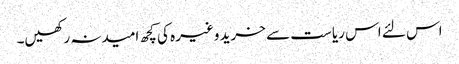
اس لئے اس ریاست سے خرید وغیرہ کی کچھ امیدنہ رکھیں۔